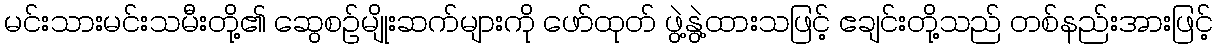
မင်းသားမင်းသမီးတို့၏ ဆွေစဉ်မျိုးဆက်များကို ဖော်ထုတ် ဖွဲ့နွဲ့ထားသဖြင့် ဧချင်းတို့သည် တစ်နည်းအားဖြင့်